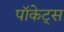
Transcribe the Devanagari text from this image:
पॉकेट्स